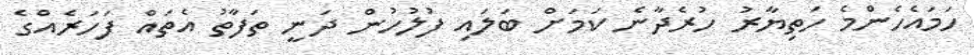
ހަމައެހެންމެ ހަތިޔާރު ހުރެދާނެ ކަމަށް ބަލައި ފުލުހުން ދަނީ ތަފާތު އެތައް ފަހަރެއްގެ